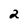
Character: 2